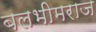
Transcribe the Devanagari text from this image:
बलभीमराज